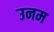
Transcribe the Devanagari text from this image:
उनम